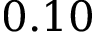
0 . 1 0